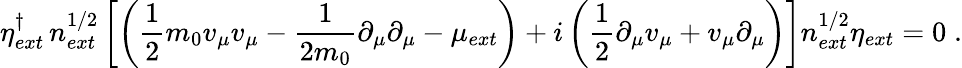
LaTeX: \eta_{ext}^{\dagger}\, n_{ext}^{1/2}\left[\left(\frac{1}{2}m_{0}v_{\mu}v_{\mu}-\frac{1}{2m_{0}}\partial_{\mu}\partial_{\mu}-\mu_{ext}\right)+i\left(\frac{1}{2}\partial_{\mu}v_{\mu}+v_{\mu}\partial_{\mu}\right)\right]n_{ext}^{1/2}\eta_{ext}=0\; .